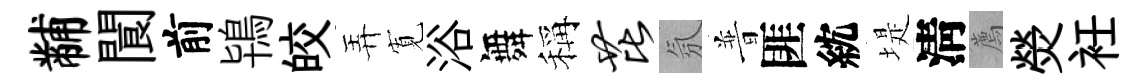
黼閬前鴇皎弄𡩖浴舞稱芘氛普匪紞堤淸薦熒衽